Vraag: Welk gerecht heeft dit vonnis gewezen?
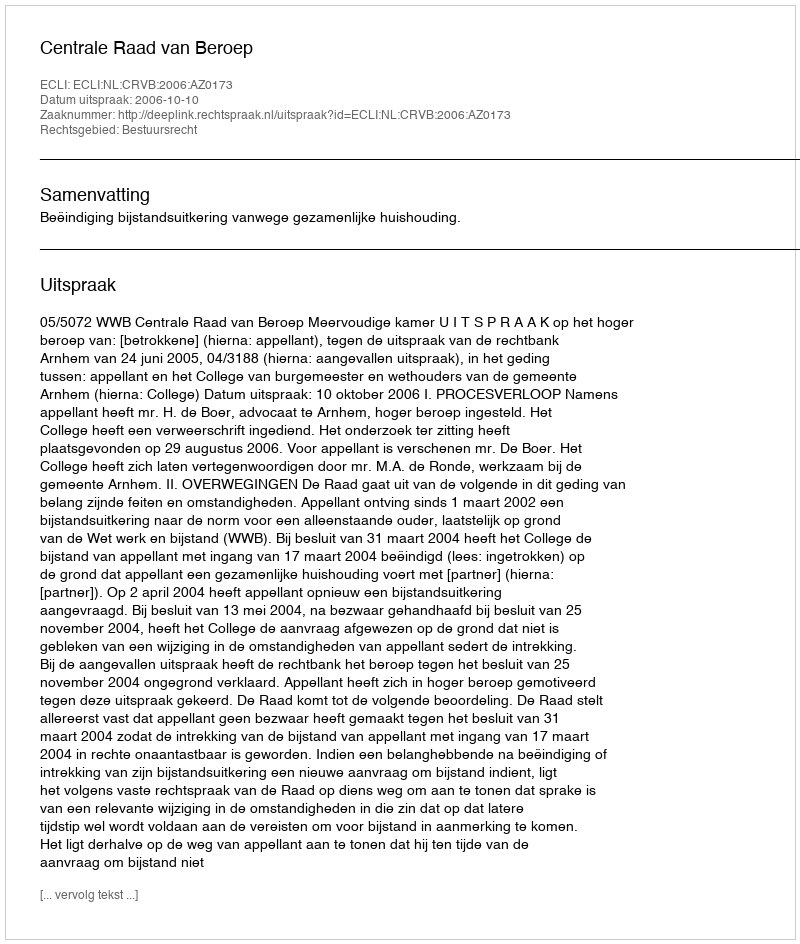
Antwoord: Centrale Raad van Beroep